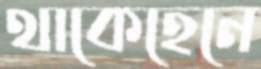
থাকেহেনে